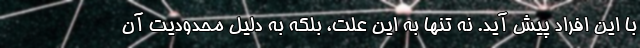
با این افراد پیش آید. نه تنها به این علت، بلکه به دلیل محدودیت آن